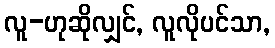
လူ-ဟုဆိုလျှင်, လူလိုပင်သာ,